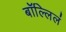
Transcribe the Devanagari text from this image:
बॉल्लिलं